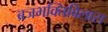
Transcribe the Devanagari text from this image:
ब्रजभक्तिविलास